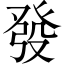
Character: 發